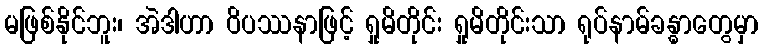
မဖြစ်နိုင်ဘူး၊ အဲဒါဟာ ဝိပဿနာဖြင့် ရှုမိတိုင်း ရှုမိတိုင်းသာ ရုပ်နာမ်ခန္ဓာတွေမှာ